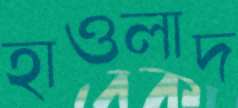
হাওলাদ